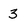
Character: 3